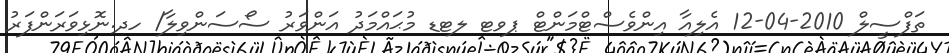
ތަފްސީލް 2010-04-12 އެލިއާ އިންވެސްޓްމަންޓް ޕވޓ ލޓޑ މުޙައްމަދު އަންވަރު ސޯސަންވިލާ/ ހދ.ނޮޅިވަރަންފަރު